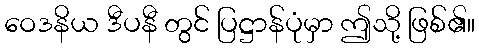
ဝေဒနိယ ဒီပနီ တွင် ပြဋ္ဌာန်ပုံမှာ ဤသို့ ဖြစ်၏။